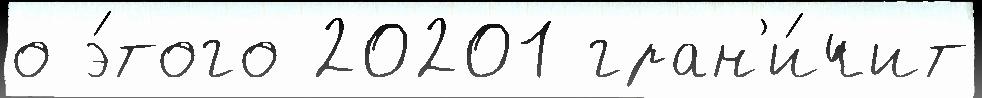
о э́того 20201 гран'и́чит